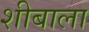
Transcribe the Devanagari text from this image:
शीबाला